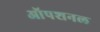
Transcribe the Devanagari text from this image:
ऑपशनल